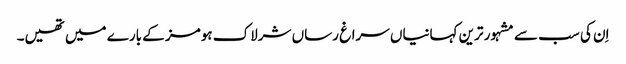
اِن کی سب سے مشہور ترین کہانیاں سراغ رساں شرلاک ہومز کے بارے میں تھیں۔